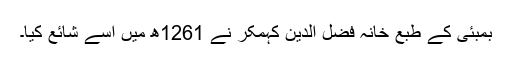
بمبئی کے طبع خانہ فضل الدین کہمکر نے 1261ھ میں اِسے شائع کیا۔